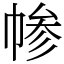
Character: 㡎